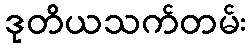
ဒုတိယသက်တမ်း